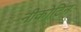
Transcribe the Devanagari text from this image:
नीकोटिन